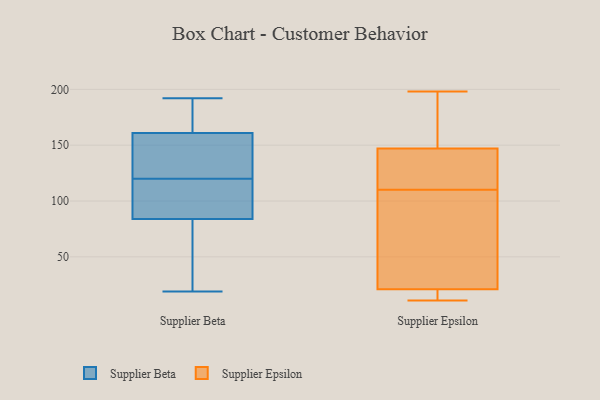
{"axis": {"x": "Website Visitors", "y": "Value"}, "legend": ["Supplier Beta", "Supplier Epsilon"], "data": [{"x": "", "y": 117, "type": "Supplier Beta"}, {"x": "", "y": 141, "type": "Supplier Beta"}, {"x": "", "y": 169, "type": "Supplier Beta"}, {"x": "", "y": 116, "type": "Supplier Beta"}, {"x": "", "y": 123, "type": "Supplier Beta"}, {"x": "", "y": 179, "type": "Supplier Beta"}, {"x": "", "y": 71, "type": "Supplier Beta"}, {"x": "", "y": 192, "type": "Supplier Beta"}, {"x": "", "y": 46, "type": "Supplier Beta"}, {"x": "", "y": 153, "type": "Supplier Beta"}, {"x": "", "y": 97, "type": "Supplier Beta"}, {"x": "", "y": 19, "type": "Supplier Beta"}, {"x": "", "y": 126, "type": "Supplier Epsilon"}, {"x": "", "y": 78, "type": "Supplier Epsilon"}, {"x": "", "y": 16, "type": "Supplier Epsilon"}, {"x": "", "y": 94, "type": "Supplier Epsilon"}, {"x": "", "y": 11, "type": "Supplier Epsilon"}, {"x": "", "y": 127, "type": "Supplier Epsilon"}, {"x": "", "y": 198, "type": "Supplier Epsilon"}, {"x": "", "y": 187, "type": "Supplier Epsilon"}, {"x": "", "y": 100, "type": "Supplier Epsilon"}, {"x": "", "y": 21, "type": "Supplier Epsilon"}, {"x": "", "y": 149, "type": "Supplier Epsilon"}, {"x": "", "y": 15, "type": "Supplier Epsilon"}, {"x": "", "y": 147, "type": "Supplier Epsilon"}, {"x": "", "y": 120, "type": "Supplier Epsilon"}]}